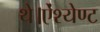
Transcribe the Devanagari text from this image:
थे।ऐंश्येण्ट